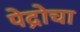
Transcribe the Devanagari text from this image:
पेद्रोचा